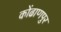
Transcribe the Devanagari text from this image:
कोंढाणपुर